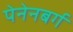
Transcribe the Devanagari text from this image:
पेनेनबर्ग